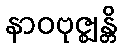
နာဝဗုဇ္ဈန္တိ